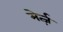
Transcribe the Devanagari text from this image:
मेर्त्ज़